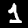
Digit: 1